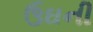
ઉઘની